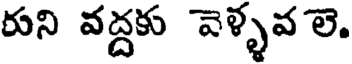
రుని వద్దకు వెళ్ళవ లె.